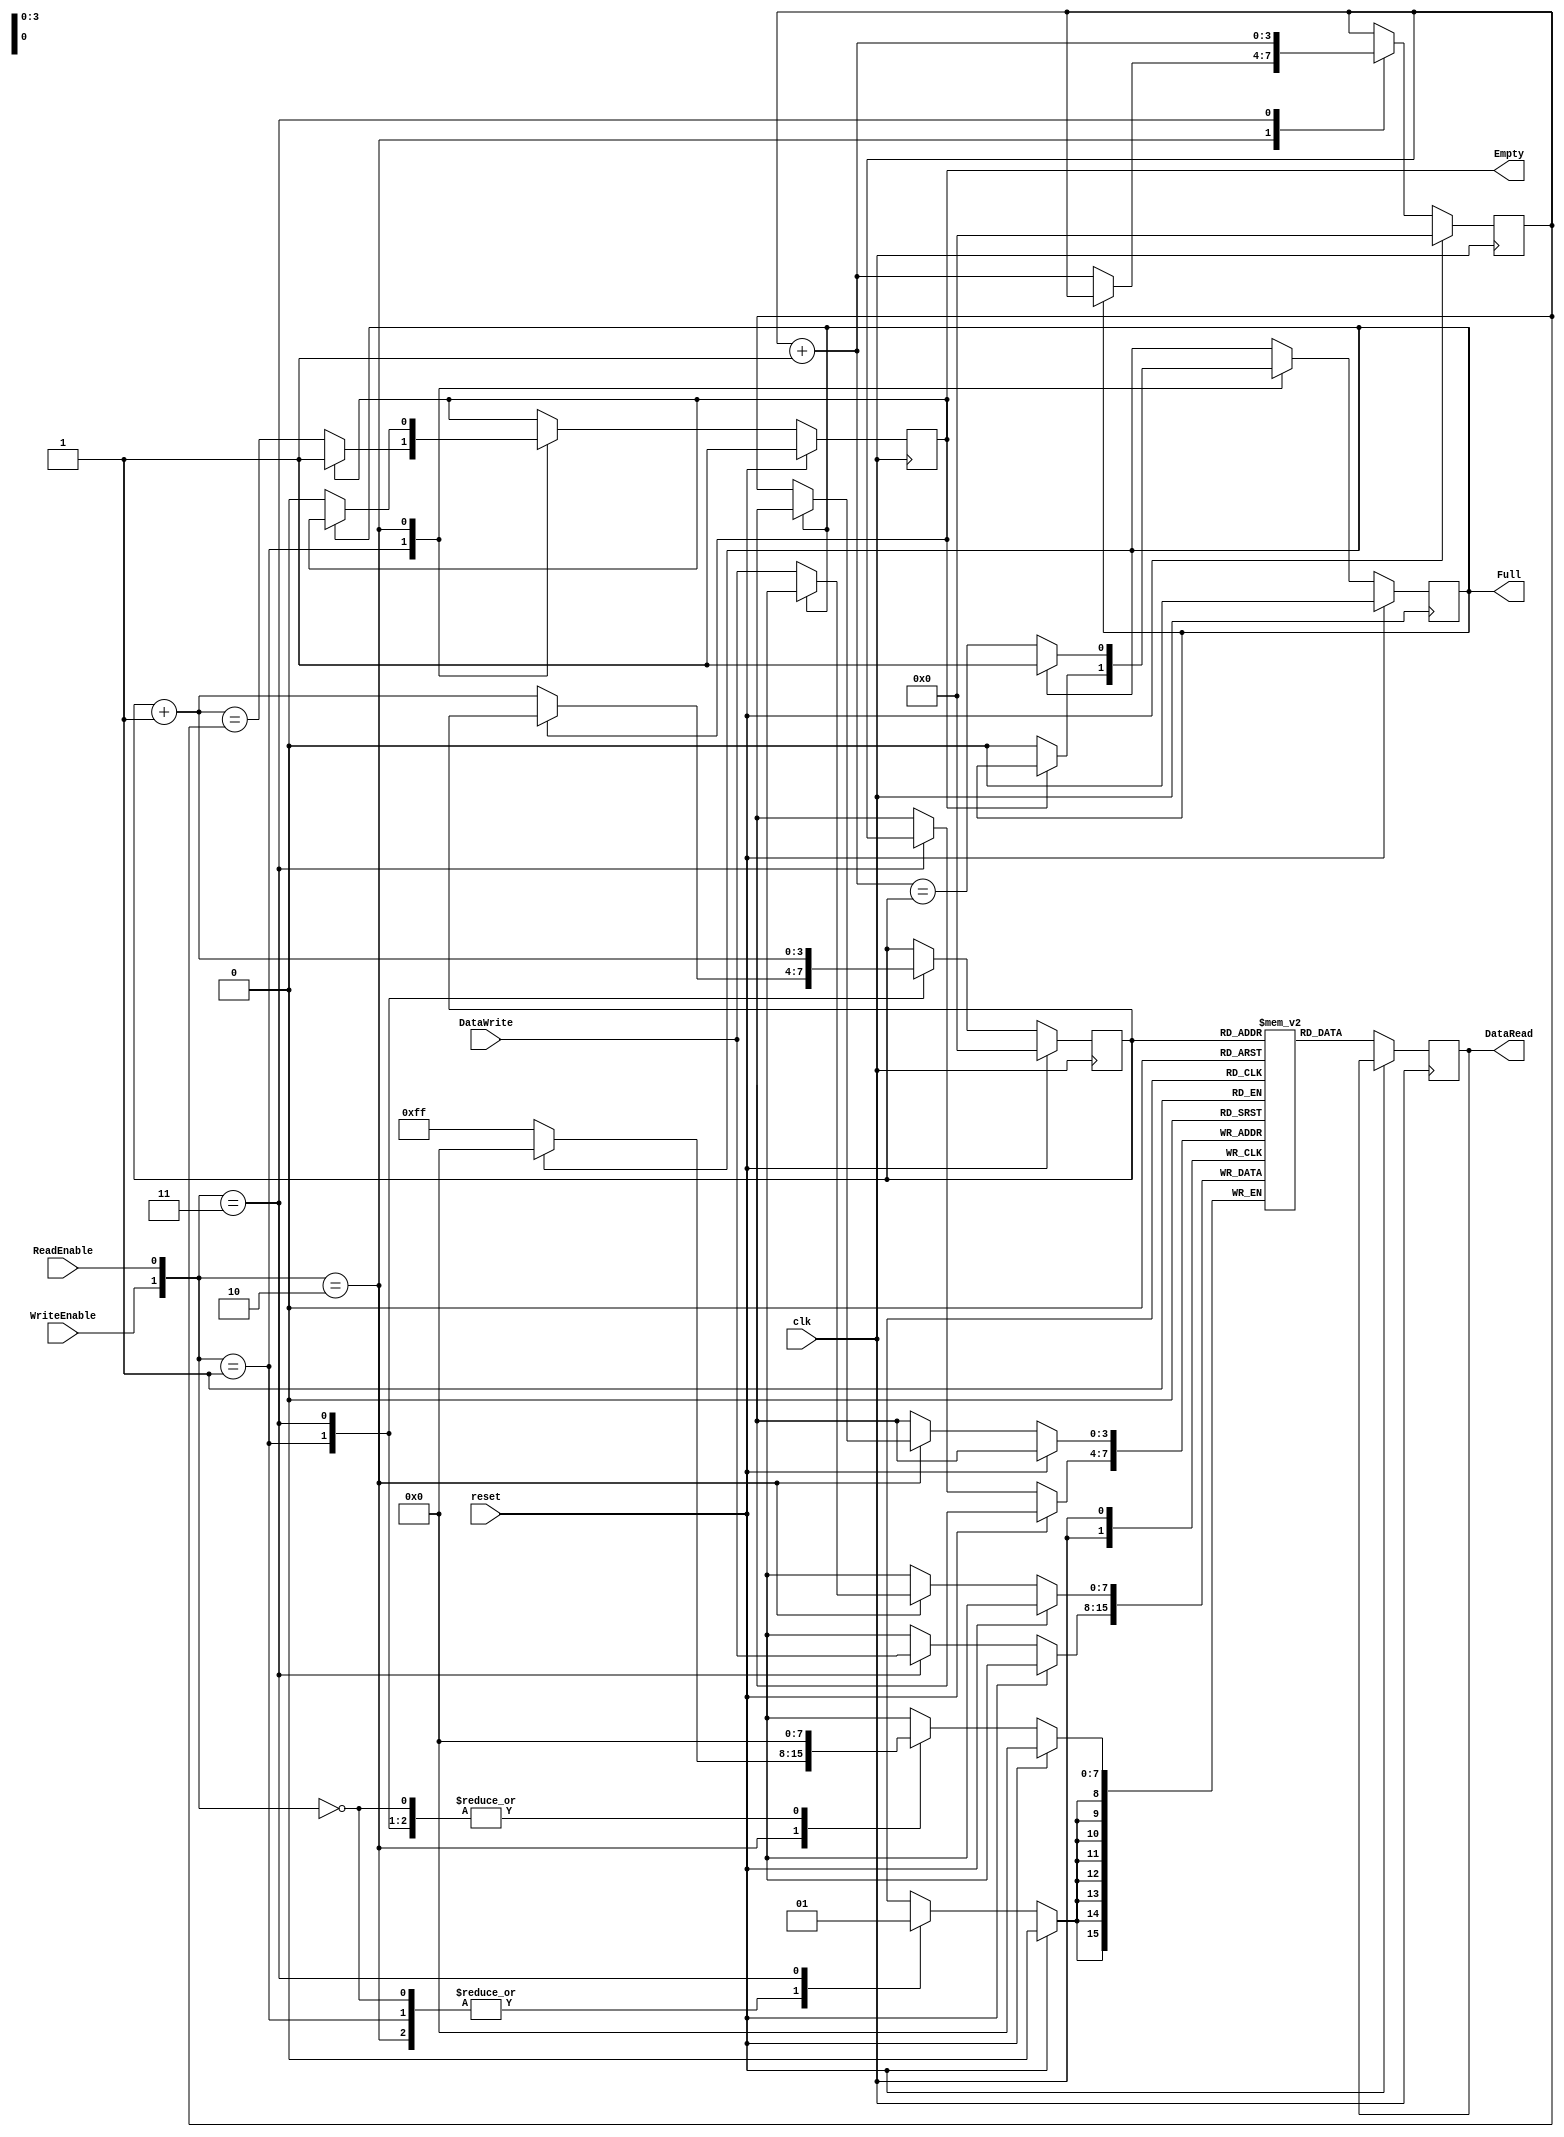
`timescale 1ns / 1ps
//////////////////////////////////////////////////////////////////////////////////
// Company: 
// Engineer: 
// 
// Design Name: 
// Module Name:    simplefifo 
// Project Name: 
// Target Devices: 
// Tool versions: 
// Description: 
//
// Dependencies: 
//
// Revision: 
// Revision 0.01 - File Created
// Additional Comments: 
//
//////////////////////////////////////////////////////////////////////////////////
module simplefifo #(parameter ELEMENTWIDTH=8, ELEMENTDEPTHBITS=4)
(
    input wire  clk,
    input wire  reset,
    input  wire [ELEMENTWIDTH-1:0] DataWrite,
    input  wire WriteEnable,
    output reg  [ELEMENTWIDTH-1:0] DataRead,
    input wire  ReadEnable,
    output reg  Empty,
    output reg  Full
);

localparam ELEMENTDEPTH=2**ELEMENTDEPTHBITS;

reg [ELEMENTWIDTH-1:0] FIFO[ELEMENTDEPTH-1:0];
reg [ELEMENTDEPTHBITS-1:0] WriteIndex;
reg [ELEMENTDEPTHBITS-1:0] ReadIndex;

wire [ELEMENTDEPTHBITS-1:0] NextReadIndex;
assign NextReadIndex = ReadIndex+1'b1;
wire [ELEMENTDEPTHBITS-1:0] NextWriteIndex;
assign NextWriteIndex = WriteIndex+1'b1;


// Index == means empty
// Full is Write+1 == Read

always @(negedge clk)
begin
    if (reset)
    begin
        WriteIndex <= 1'b0;
        ReadIndex <= 1'b0;
        Empty <= 1'b1;
        Full <= 1'b0;
    end
    else
    begin
        // DataRead always reflects the next value to read
        DataRead <= FIFO[ReadIndex];
    
        // 4 cases
        // Not Read, Not Write
        // Read, Not Write
        // Write, not Read
        // Read and Write
        case ({WriteEnable,ReadEnable})
            2'b00: // Neither
            begin
            end
            2'b01: // Read, not write
            begin
                if (~Empty)
                begin
                    ReadIndex <= NextReadIndex;
                    Empty <= (NextReadIndex == WriteIndex);
                    Full <= 1'b0; // We just read a value, we didn't write one, it cannot be full.
                end
//                else
//                begin
//                    Empty <= (ReadIndex == WriteIndex);
//                    Full <= (NextWriteIndex == ReadIndex);
//                end
            end
            2'b10: // Write, not read
            begin
                if (~Full)
                begin
                    FIFO[WriteIndex] <= DataWrite;
                    WriteIndex <= NextWriteIndex;
                    Empty <= 1'b0; // We just wrote a value, it isn't empty
                    Full <= (NextWriteIndex == ReadIndex);
                end
            end
            2'b11: // Write and Read
            begin
                FIFO[WriteIndex] <= DataWrite;
                WriteIndex <= NextWriteIndex;
                ReadIndex <= NextReadIndex;
                // Empty and Full should remain whatever they were before.
            end
            
        endcase
    end
    
end



endmodule